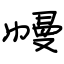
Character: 幔